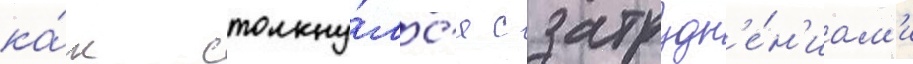
ка́к столкну́лс'я с затрудн'е́н'иам'и